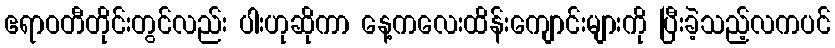
ဧရာဝတီတိုင်းတွင်လည်း ပါးဟုဆိုကာ နေ့ကလေးထိန်းကျောင်းများကို ပြီးခဲ့သည့်လကပင်